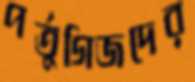
পর্তুগিজদের